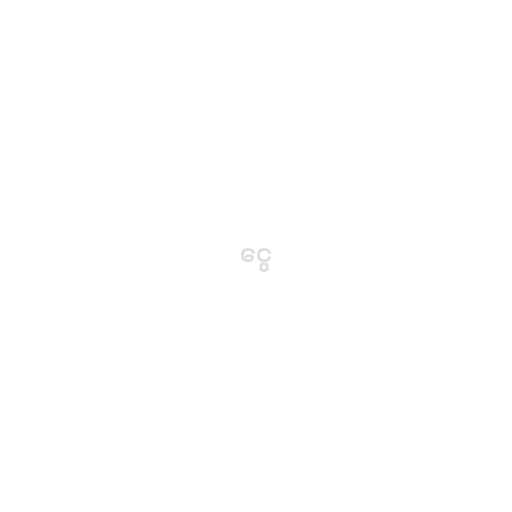
ငွေ